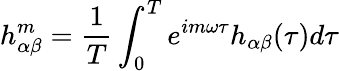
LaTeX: h_{\alpha\beta}^{m}=\frac{1}{T}\int_{0}^{T}e^{im\omega\tau}h_{\alpha\beta}(\tau)d\tau